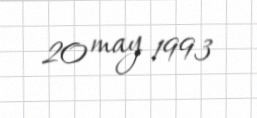
20 may 1993